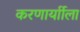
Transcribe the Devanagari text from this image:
करणार्याीला